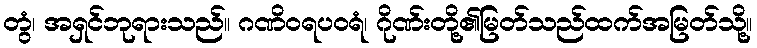
တွံ၊ အရှင်ဘုရားသည်။ ဂဏိဝရပဝရံ၊ ဂိုဏ်းတို့၏မြတ်သည်ထက်အမြတ်သို့။